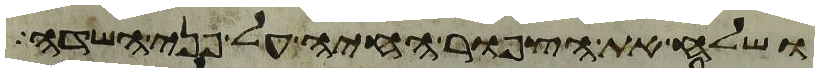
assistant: ושלח את הצפור החיה על פני השדה